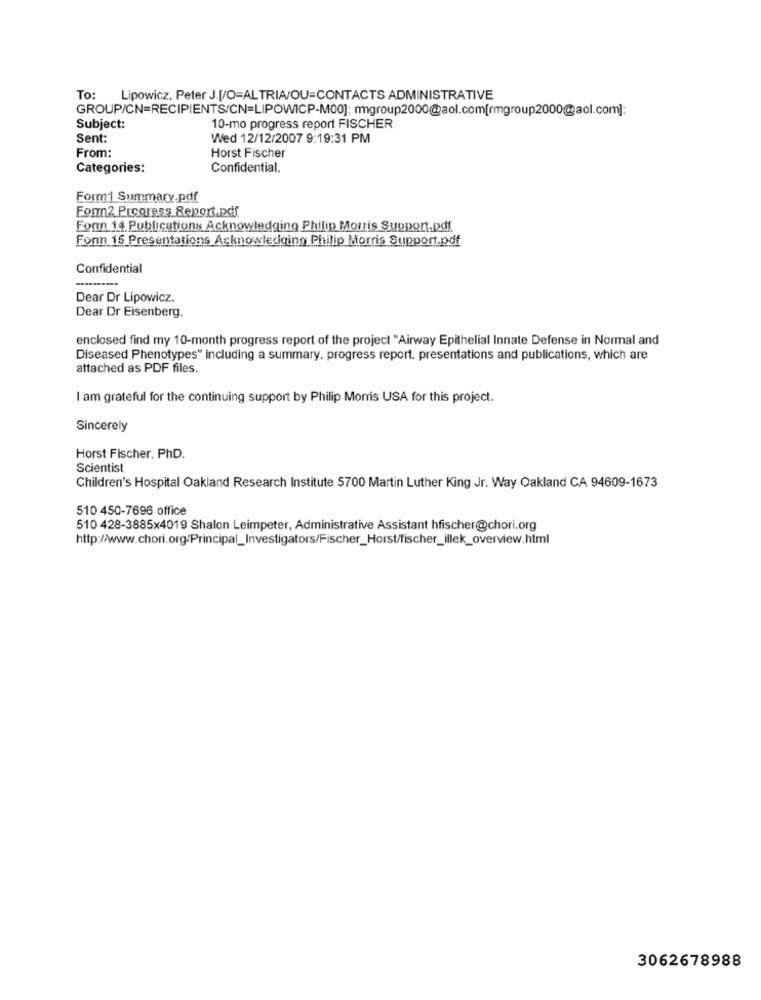
To: Lipowicz, Peter J.[/O=ALTRIA/OU=CONTACTS ADMINISTRATIVE
GROUP/CN=RECIPIENTS/CN=LIPOWICP-M00]; rmgroup2000@aol.com[rmgroup2000@aol.com];
Subject:
10-mo progress report FISCHER
Sent:
Wed 12/12/2007 9:19:31 PM
From:
Horst Fischer
Categories:
Confidential.
Form1 Summary.pdf
For2 Progress Report.pdf
Fonn 14 Publications Acknowledging Philip Morris Support.pdf
Fonn 15 Presentations Acknowledging Philip Morris Support.pdf
Confidential
Dear Dr Lipowicz.
Dear Dr Eisenberg.
enclosed find my 10-month progress report of the project "Airway Epithelial Innate Defense in Normal and
Diseased Phenotypes" including a summary, progress report. presentations and publications, which are
attached as PDF files.
I am grateful for the continuing support by Philip Morris USA for this project.
Sincerely
Horst Fischer, PhD.
Scientist
Children's Hospital Oakland Research Institute 5700 Martin Luther King Jr. Way Oakland CA 94609-1673
510 450-7696 office
510 428-3885x4019 Shalon Leimpeter, Administrative Assistant hfischer@chori.org
http://www.chori.org/Principal_Investigators/Fischer_Horst/fischer_illek_overview.html
3062678988